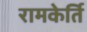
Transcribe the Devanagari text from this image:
रामकेर्ति